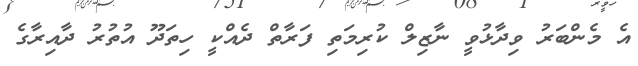
އެ މެންބަރު ވިދާޅުވީ ނާޒިލް ކުރިމަތި ފަރާތް ދެއްކީ ހިތަދޫ އުތުރު ދާއިރާގެ